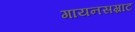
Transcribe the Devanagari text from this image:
गायनसम्राट